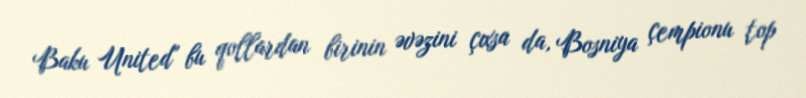
Baku United" bu qollardan birinin əvəzini çıxsa da, Bosniya çempionu top